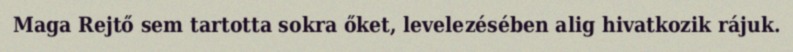
Maga Rejtő sem tartotta sokra őket, levelezésében alig hivatkozik rájuk.